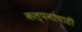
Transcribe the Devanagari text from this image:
कल्पनांचाही